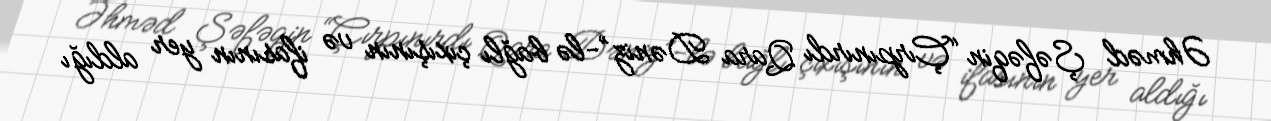
Əhməd Şəfəqin “Çırpınırdı Qara Dəniz”-lə bağlı çıxışının və ifasının yer aldığı